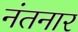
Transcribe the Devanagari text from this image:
नंतनार